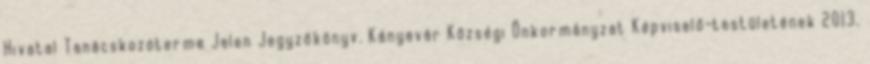
Hivatal Tanácskozóterme Jelen Jegyzőkönyv. Kányavár Községi Önkormányzat Képviselő-testületének 2013.